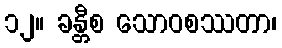
၁၂။ ခန္တီစ သောဝစဿတာ၊